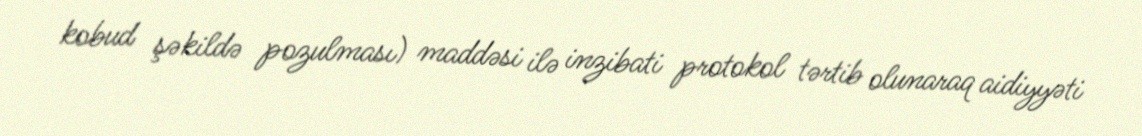
kobud şəkildə pozulması) maddəsi ilə inzibati protokol tərtib olunaraq aidiyyəti